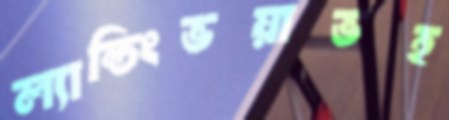
ল্যান্ডিংভয়াভহ